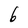
Character: 6